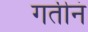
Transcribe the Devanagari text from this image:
गतीनं